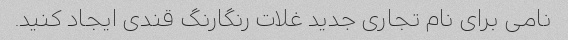
نامی برای نام تجاری جدید غلات رنگارنگ قندی ایجاد کنید.